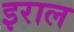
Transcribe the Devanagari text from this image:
इराल